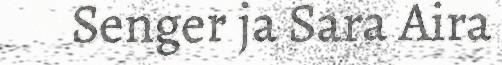
Senger ja Sara Aira